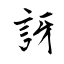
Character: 訝